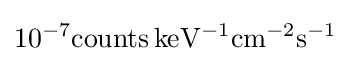
\mathrm {10^{-7}counts\,keV^{-1}cm^{-2}s^{-1}}